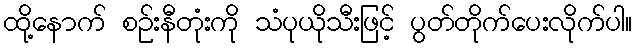
ထို့နောက် စဉ်းနီတုံးကို သံပုယိုသီးဖြင့် ပွတ်တိုက်ပေးလိုက်ပါ။